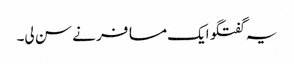
یہ گفتگو ایک مسافر نے سن لی۔